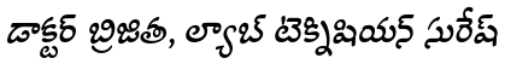
డాక్టర్ బ్రిజిత, ల్యాబ్ టెక్నిషియన్ సురేష్